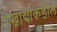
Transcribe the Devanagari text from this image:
एखाद्याकडील